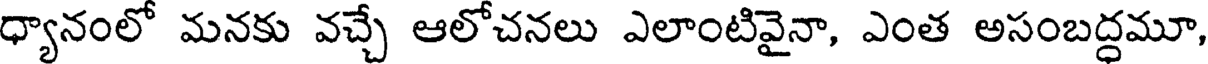
ధ్యానంలో మనకు వచ్చే ఆలోచనలు ఎలాంటివైనా, ఎంత అసంబద్ధమూ,